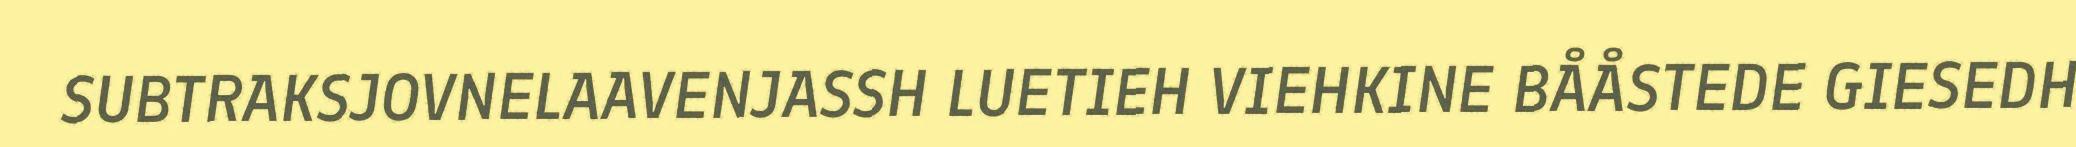
SUBTRAKSJOVNELAAVENJASSH LUETIEH VIEHKINE BÅÅSTEDE GIESEDH